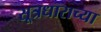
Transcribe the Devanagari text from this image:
सूत्रधाराच्या